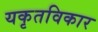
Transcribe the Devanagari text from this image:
यकृतविकार